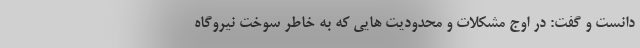
دانست و گفت: در اوج مشکلات و محدودیت هایی که به خاطر سوخت نیروگاه